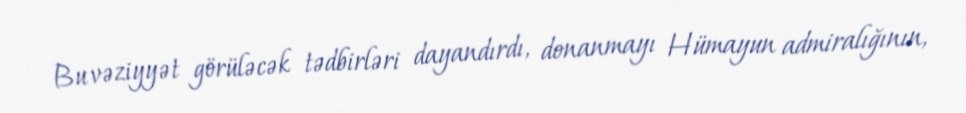
Bu vəziyyət görüləcək tədbirləri dayandırdı, donanmayı Hümayun admiralığının,